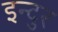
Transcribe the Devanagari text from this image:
इन्दुर